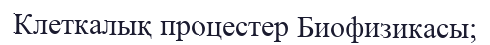
Клеткалық процестер Биофизикасы;